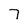
Character: 7